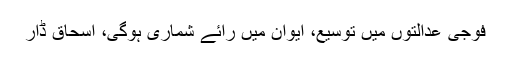
فوجی عدالتوں میں‌ توسیع، ایوان میں رائے شماری ہوگی، اسحاق ڈار